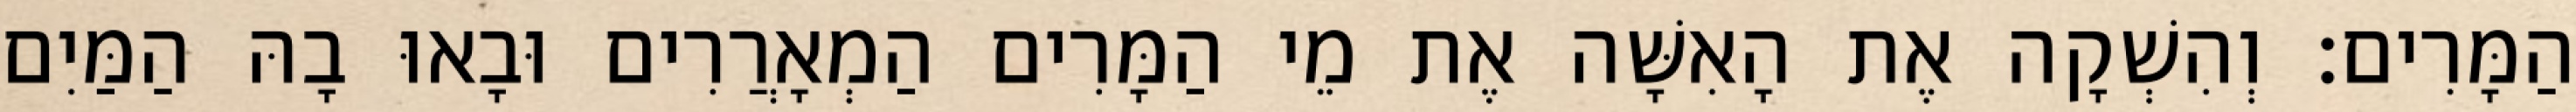
הַמָּרִים׃ וְהִשְׁקָה אֶת הָאִשָּׁה אֶת מֵי הַמָּרִים הַמְאָרֲרִים וּבָאוּ בָהּ הַמַּיִם